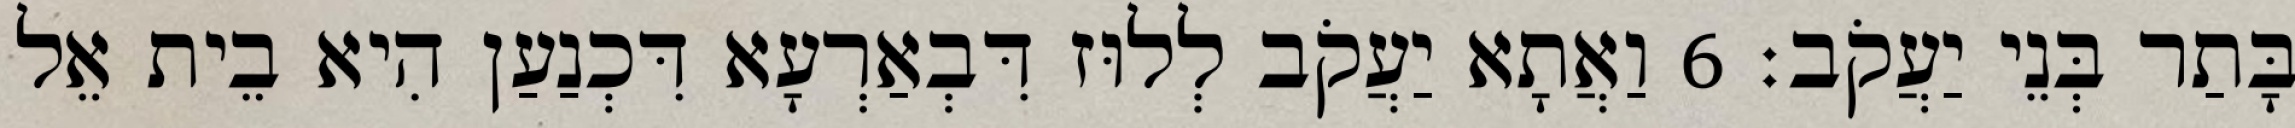
בָּתַר בְּנֵי יַעֲקֹב׃ 6 וַאֲתָא יַעֲקֹב לְלוּז דִּבְאַרְעָא דִּכְנַעַן הִיא בֵית אֵל